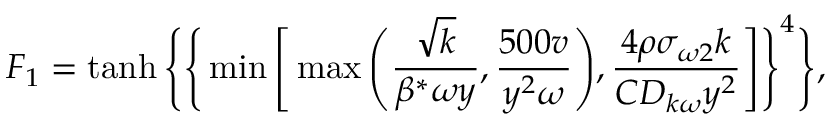
F _ { 1 } = \operatorname { t a n h } \Bigg \{ \Bigg \{ \operatorname* { m i n } \Bigg [ \operatorname* { m a x } \Bigg ( \frac { \sqrt { k } } { \beta ^ { * } \omega y } , \frac { 5 0 0 v } { y ^ { 2 } \omega } \Bigg ) , \frac { 4 \rho \sigma _ { \omega 2 } k } { C D _ { k \omega } y ^ { 2 } } \Bigg ] \Bigg \} ^ { 4 } \Bigg \} ,